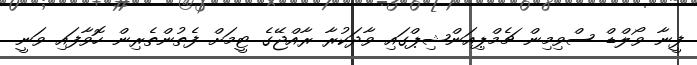
ފީނާ ވޯލްޑް ސްވިމިން ޗެމްޕިއަންޝިޕްގައި ވާދަކުރާ ރާއްޖޭގެ ޓީމަށް ފެތުންތެރިން ހޮވާފައި ވަނީ